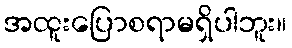
အထူးပြောစရာမရှိပါဘူး။